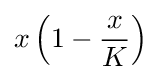
x\left(1-{\frac {x}{K}}\right)